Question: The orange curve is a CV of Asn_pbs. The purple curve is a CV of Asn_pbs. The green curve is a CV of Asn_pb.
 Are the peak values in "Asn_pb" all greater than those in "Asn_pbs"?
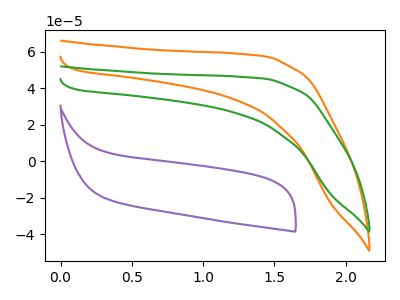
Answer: <think>The orange curve "Asn_pbs" has no peaks. The purple curve "Asn_pbs" has no peaks. The green curve "Asn_pb" has no peaks.</think>
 <answer>Niether CV has any peaks.</answer>
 <eval>blanks</eval>